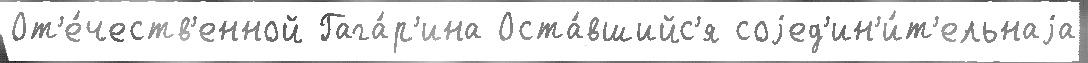
От'е́честв'енной Гага́р'ина Оста́вшийс'я соjед'ин'и́т'ельнаjа